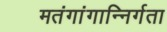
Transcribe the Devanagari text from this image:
मतंगांगान्निर्गता